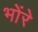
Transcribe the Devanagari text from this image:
भोंरे